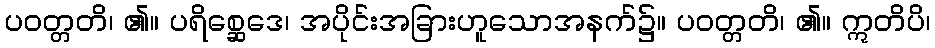
ပဝတ္တတိ၊ ၏။ ပရိစ္ဆေဒေ၊ အပိုင်းအခြားဟူသောအနက်၌။ ပဝတ္တတိ၊ ၏။ ဣတိပိ၊